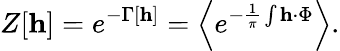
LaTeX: Z[{\mathbf h}]=e^{-\Gamma\left[{\mathbf h}\right]}=\left<e^{-\frac{1}{\pi}\int{\mathbf h\cdot\Phi}}\right>.